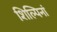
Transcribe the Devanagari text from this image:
शिल्पिनां